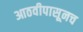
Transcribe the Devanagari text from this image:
आठवीपासूनच